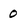
Character: 0